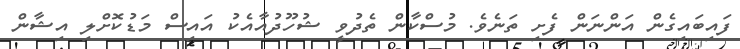
ފައިބައިގެން އަންނަން ފެށި ތަނެވެ. މުސްކާން ތެދުވީ ޝުހޫދުއާއެކު އައިސް މަޑުކޮށްލި އިޝާން